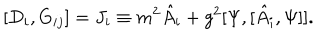
LaTeX: [ D _ { i } , G _ { i j } ] = J _ { i } \equiv m ^ { 2 } \hat { A } _ { i } + g ^ { 2 } [ \Psi , [ \hat { A } _ { i } , \Psi ] ] .